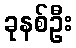
ခုနစ်ဦး